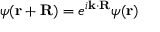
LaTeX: \psi ( \mathbf { r + R } ) = e ^ { i \mathbf { k } \cdot \mathbf { R } } \psi ( \mathbf { r } )